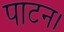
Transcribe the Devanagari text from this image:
पाटन।